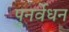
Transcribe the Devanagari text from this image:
पुनर्वेधन